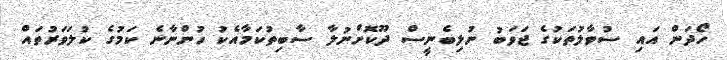
ހޯދަން އައި ސުވާލުތަކުގެ ޖަވަބު ނުލިބެނީސް ދޫކޮށްނުލާ ސާބިތުކަމާއެކު ހުންނާނެ ކަމުގެ ކުލަވަރުތައް